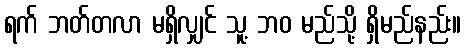
ရက် ဘတ်တလာ မရှိလျှင် သူ့ ဘဝ မည်သို့ ရှိမည်နည်း။